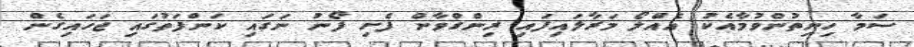
ސަމާ ހިނިތުންވުމާއެކު އެއްލޯ މަރާލައިފައި ރިންގްވާން ފެށި ފޯނު ނަގައި ކަންފަތުގައި ޖަހައިގެން